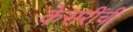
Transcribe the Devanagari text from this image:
केसरींची